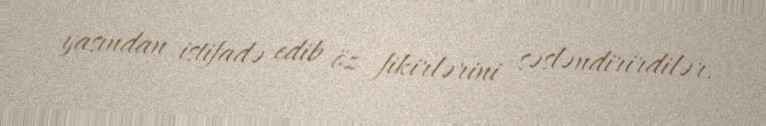
yasından istifadə edib öz fikirlərini səsləndirirdilər.